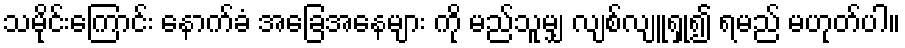
သမိုင်းကြောင်း နောက်ခံ အခြေအနေများ ကို မည်သူမျှ လျစ်လျူရှု၍ ရမည် မဟုတ်ပါ။